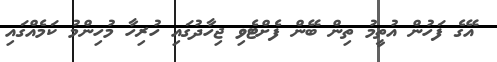
އޭގެ ފަހުން އުތީމު ތިން ބޭން ފެށްޓެވި ޖިހާދުގައި ހުރިހާ މުހިންމު ކަމެއްގައި